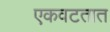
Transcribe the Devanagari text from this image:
एकवटतात